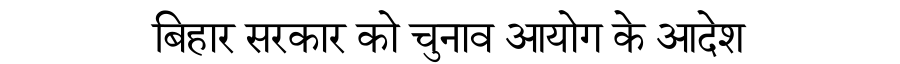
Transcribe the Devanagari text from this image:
बिहार सरकार को चुनाव आयोग के आदेश